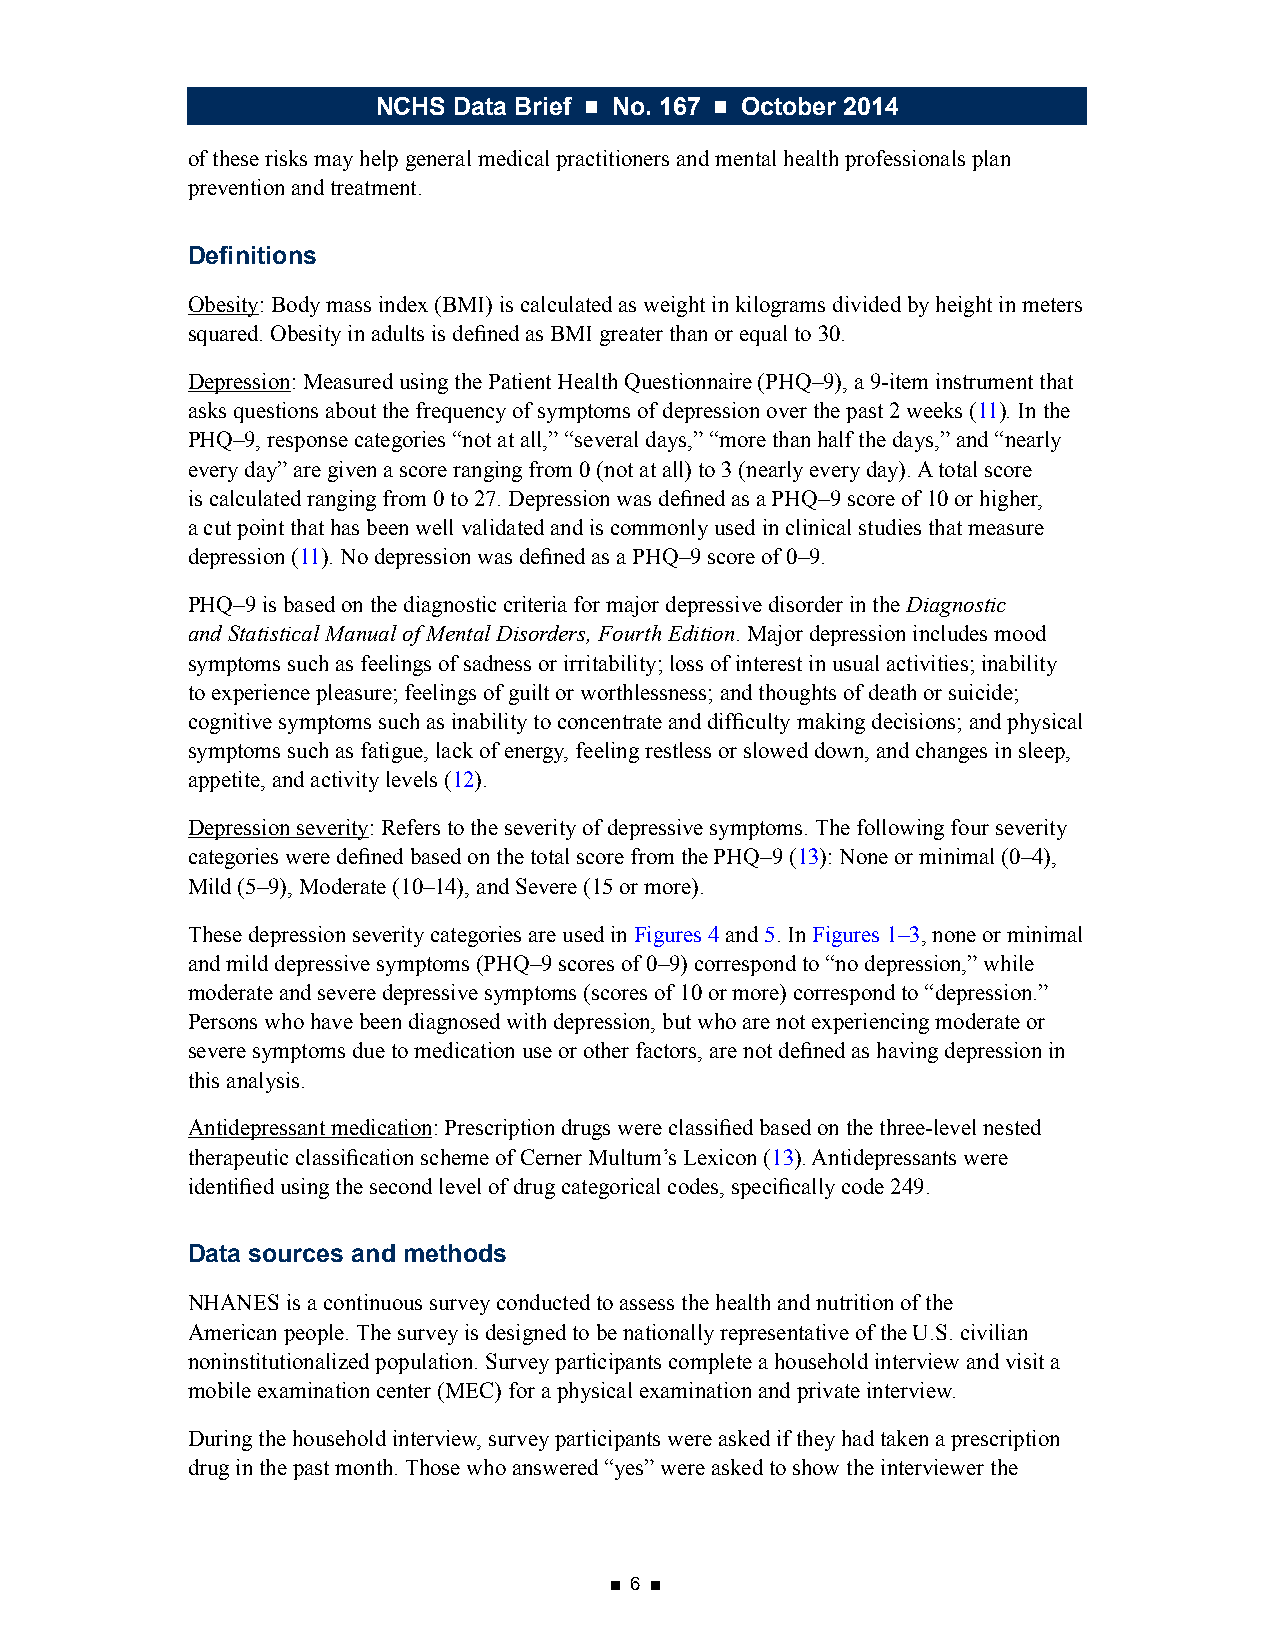
NCHS Data Brief ■ No. 167 ■ October 2014
 of these risks may help general medical practitioners and mental health professionals plan
 prevention and treatment.
 Definitions
 Obesity: Body mass index (BMI) is calculated as weight in kilograms divided by height in meters
 squared. Obesity in adults is defined as BMI greater than or equal to 30.
 Depression: Measured using the Patient Health Questionnaire (PHQ–9), a 9-item instrument that
 asks questions about the frequency of symptoms of depression over the past 2 weeks (11). In the
 PHQ–9, response categories “not at all,” “several days,” “more than half the days,” and “nearly
 every day” are given a score ranging from 0 (not at all) to 3 (nearly every day). A total score
 is calculated ranging from 0 to 27. Depression was defined as a PHQ–9 score of 10 or higher,
 a cut point that has been well validated and is commonly used in clinical studies that measure
 depression (11). No depression was defined as a PHQ–9 score of 0–9.
 PHQ–9 is based on the diagnostic criteria for major depressive disorder in the Diagnostic
 and Statistical Manual of Mental Disorders, Fourth Edition. Major depression includes mood
 symptoms such as feelings of sadness or irritability; loss of interest in usual activities; inability
 to experience pleasure; feelings of guilt or worthlessness; and thoughts of death or suicide;
 cognitive symptoms such as inability to concentrate and difficulty making decisions; and physical
 symptoms such as fatigue, lack of energy, feeling restless or slowed down, and changes in sleep,
 appetite, and activity levels (12).
 Depression severity: Refers to the severity of depressive symptoms. The following four severity
 categories were defined based on the total score from the PHQ–9 (13): None or minimal (0–4),
 Mild (5–9), Moderate (10–14), and Severe (15 or more).
 These depression severity categories are used in Figures 4 and 5. In Figures 1–3, none or minimal
 and mild depressive symptoms (PHQ–9 scores of 0–9) correspond to “no depression,” while
 moderate and severe depressive symptoms (scores of 10 or more) correspond to “depression.”
 Persons who have been diagnosed with depression, but who are not experiencing moderate or
 severe symptoms due to medication use or other factors, are not defined as having depression in
 this analysis.
 Antidepressant medication: Prescription drugs were classified based on the three-level nested
 therapeutic classification scheme of Cerner Multum’s Lexicon (13). Antidepressants were
 identified using the second level of drug categorical codes, specifically code 249.
 Data sources and methods
 NHANES is a continuous survey conducted to assess the health and nutrition of the
 American people. The survey is designed to be nationally representative of the U.S. civilian
 noninstitutionalized population. Survey participants complete a household interview and visit a
 mobile examination center (MEC) for a physical examination and private interview.
 During the household interview, survey participants were asked if they had taken a prescription
 drug in the past month. Those who answered “yes” were asked to show the interviewer the
 ■ 6 ■